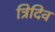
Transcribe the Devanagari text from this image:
त्रिदिव